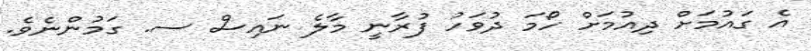
އެ ގައުމަށް ދިއުމަށް ހޯމަ ދުވަހު ފުރާނީ މާލެ ނައިސް ސ. ގަމުންނެވެ.